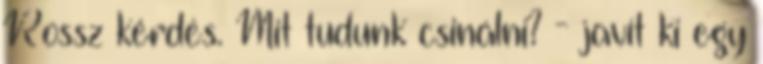
Rossz kérdés. Mit tudunk csinálni? - javít ki egy